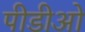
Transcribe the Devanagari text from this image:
पीडीओ